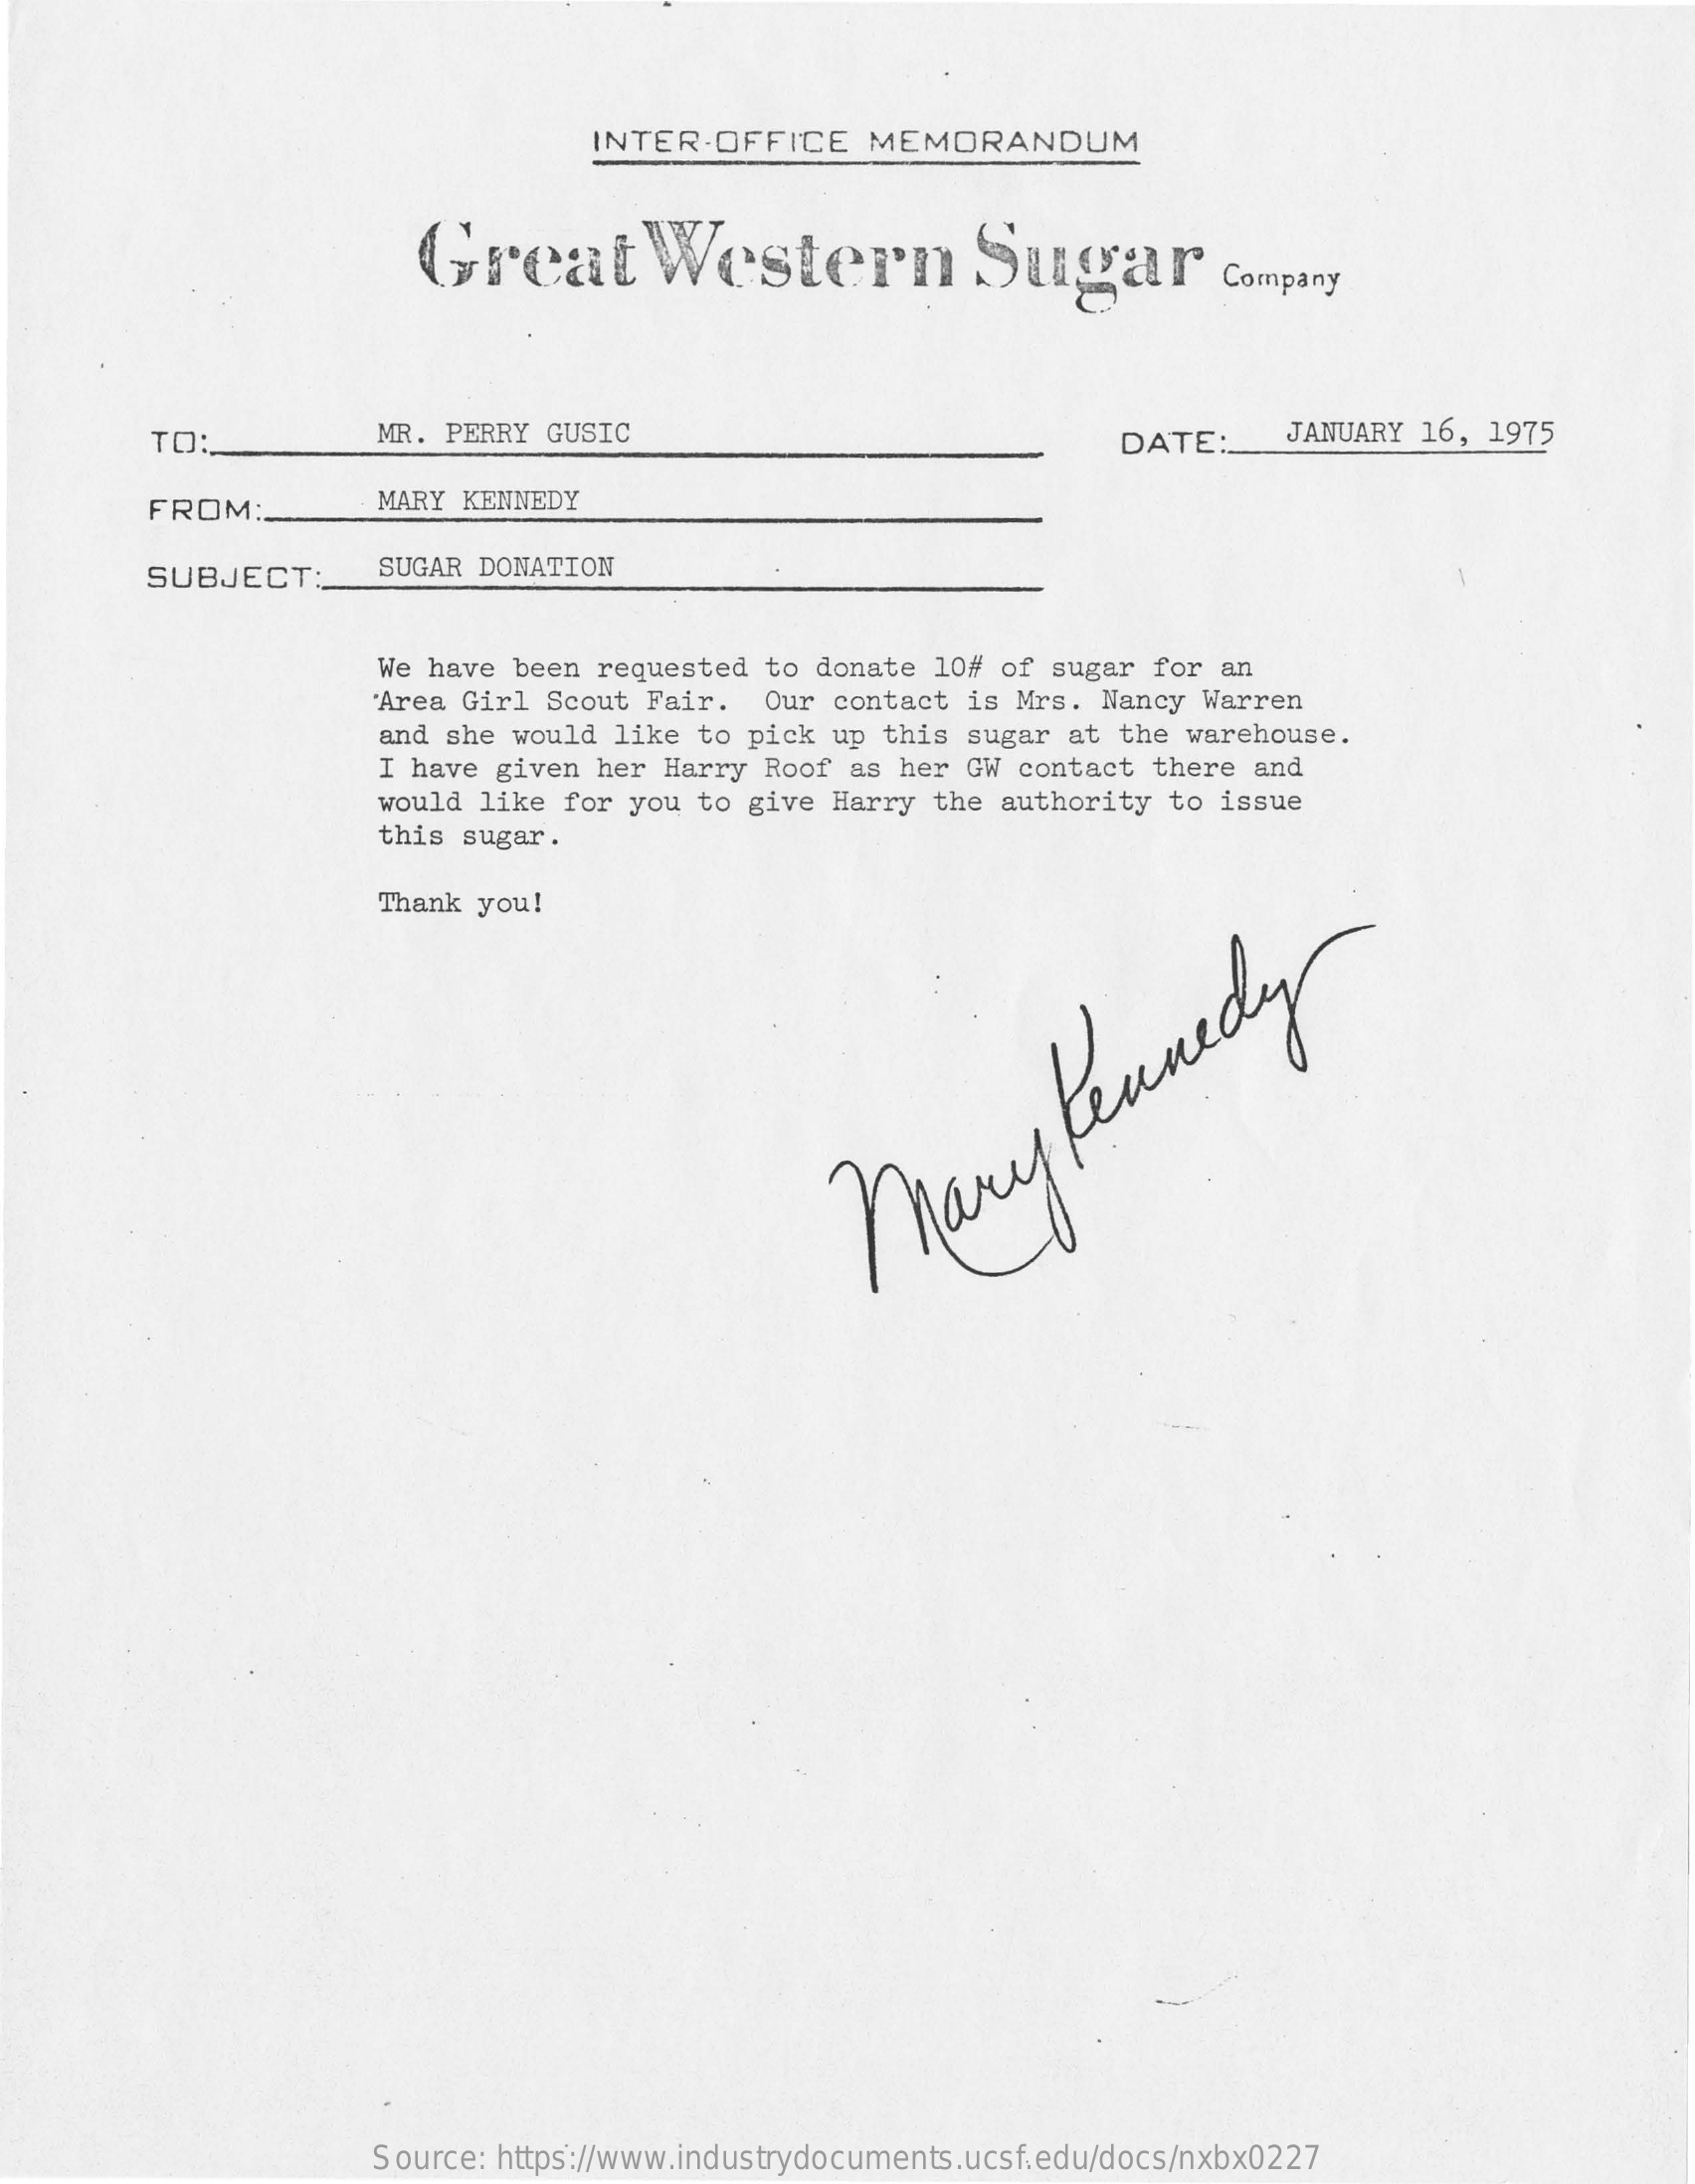
INTER-OFFICE    MEMORANDUM
     Great    Western    Sugar    Company
     TO:    MR.  PERRY GUSIC    DATE:    JANUARY 16,  1975
     FROM:    MARY KENNEDY
     SUBJECT:    SUGAR DONATION
     We have been requested  to donate 10# of sugar  for an
     'Area Girl Scout Fair.  Our  contact is Mrs. Nancy  Warren
     and she would like to pick  up this sugar at  the warehouse.
     I have given her Harry Roof  as her GW contact  there and
     would  like for you to give  Harry the authority  to issue
     this sugar.
     Thank you!
     mary
     Kennedy
     Source: https://www.industrydocuments.ucsf.edu/docs/nxbx0227